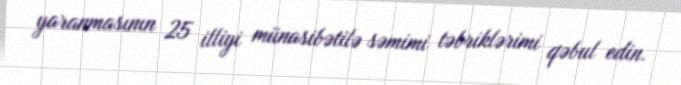
yaranmasının 25 illiyi münasibətilə səmimi təbriklərimi qəbul edin.